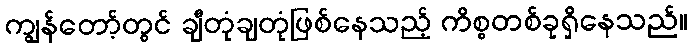
ကျွန်တော့်တွင် ချီတုံချတုံဖြစ်နေသည့် ကိစ္စတစ်ခုရှိနေသည်။